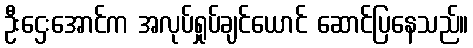
ဦးဌေးအောင်က အလုပ်ရှုပ်ချင်ယောင် ဆောင်ပြနေသည်။